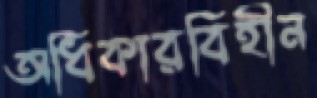
অধিকারবিহীন